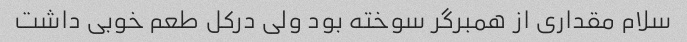
سلام مقداری از همبرگر سوخته بود ولی درکل طعم خوبی داشت